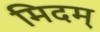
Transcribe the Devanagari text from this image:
मिदम्